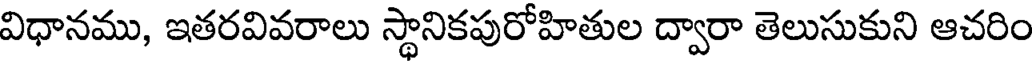
విధానము, ఇతరవివరాలు స్థానికపురోహితుల ద్వారా తెలుసుకుని ఆచరిం